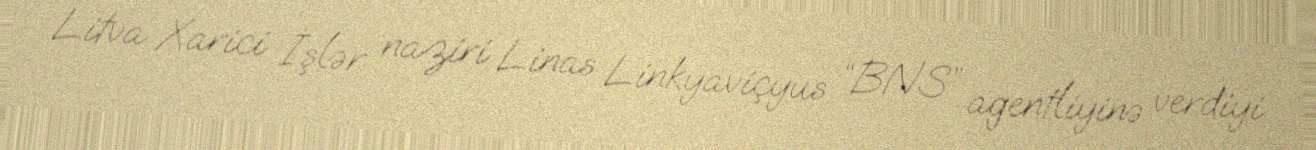
Litva Xarici İşlər naziri Linas Linkyaviçyus “BNS” agentliyinə verdiyi